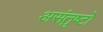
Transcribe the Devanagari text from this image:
असंतुष्टो